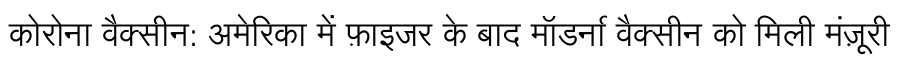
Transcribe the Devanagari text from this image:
कोरोना वैक्सीन: अमेरिका में फ़ाइजर के बाद मॉडर्ना वैक्सीन को मिली मंज़ूरी